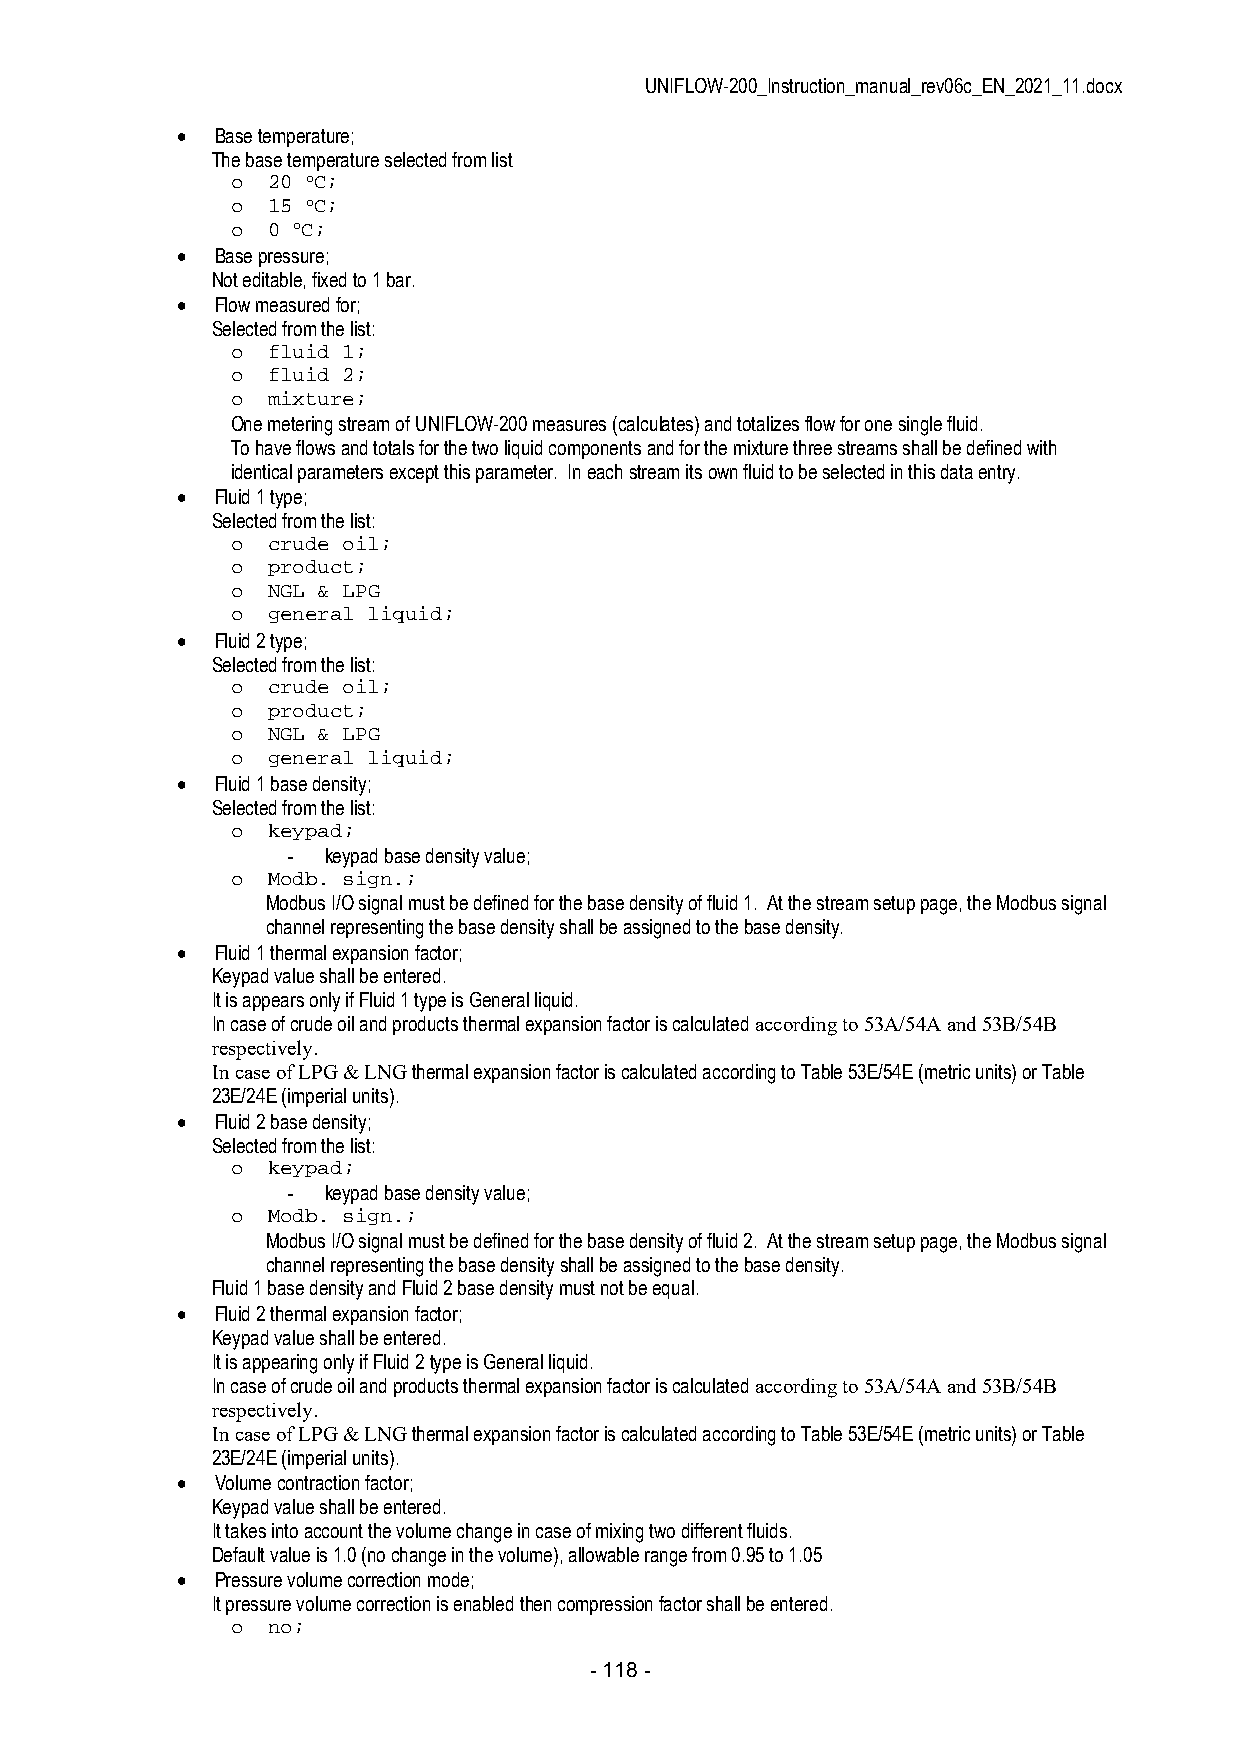
UNIFLOW-200_Instruction_manual_rev06c_EN_2021_11.docx
  Base temperature;
 The base temperature selected from list
 o  20 oC;
 o  15 oC;
 o  0 oC;
  Base pressure;
 Not editable, fixed to 1 bar.
  Flow measured for;
 Selected from the list:
 o  fluid 1;
 o  fluid 2;
 o  mixture;
 One metering stream of UNIFLOW-200 measures (calculates) and totalizes flow for one single fluid.
 To have flows and totals for the two liquid components and for the mixture three streams shall be defined with
 identical parameters except this parameter. In each stream its own fluid to be selected in this data entry.
  Fluid 1 type;
 Selected from the list:
 o  crude oil;
 o  product;
 o  NGL & LPG
 o  general liquid;
  Fluid 2 type;
 Selected from the list:
 o  crude oil;
 o  product;
 o  NGL & LPG
 o  general liquid;
  Fluid 1 base density;
 Selected from the list:
 o  keypad;
 - keypad base density value;
 o  Modb. sign.;
 Modbus I/O signal must be defined for the base density of fluid 1. At the stream setup page, the Modbus signal
 channel representing the base density shall be assigned to the base density.
  Fluid 1 thermal expansion factor;
 Keypad value shall be entered.
 It is appears only if Fluid 1 type is General liquid.
 In case of crude oil and products thermal expansion factor is calculated according to 53A/54A and 53B/54B
 respectively.
 In case of LPG & LNG thermal expansion factor is calculated according to Table 53E/54E (metric units) or Table
 23E/24E (imperial units).
  Fluid 2 base density;
 Selected from the list:
 o  keypad;
 - keypad base density value;
 o  Modb. sign.;
 Modbus I/O signal must be defined for the base density of fluid 2. At the stream setup page, the Modbus signal
 channel representing the base density shall be assigned to the base density.
 Fluid 1 base density and Fluid 2 base density must not be equal.
  Fluid 2 thermal expansion factor;
 Keypad value shall be entered.
 It is appearing only if Fluid 2 type is General liquid.
 In case of crude oil and products thermal expansion factor is calculated according to 53A/54A and 53B/54B
 respectively.
 In case of LPG & LNG thermal expansion factor is calculated according to Table 53E/54E (metric units) or Table
 23E/24E (imperial units).
  Volume contraction factor;
 Keypad value shall be entered.
 It takes into account the volume change in case of mixing two different fluids.
 Default value is 1.0 (no change in the volume), allowable range from 0.95 to 1.05
  Pressure volume correction mode;
 It pressure volume correction is enabled then compression factor shall be entered.
 o  no;
 - 118 -